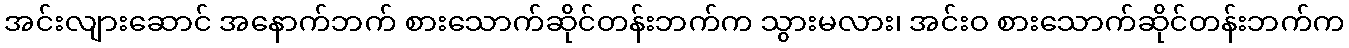
အင်းလျားဆောင် အနောက်ဘက် စားသောက်ဆိုင်တန်းဘက်က သွားမလား၊ အင်းဝ စားသောက်ဆိုင်တန်းဘက်က